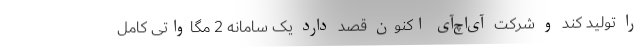
را تولید کند و شرکت آی‌اچ‌آی اکنون قصد دارد یک سامانه 2 مگاواتی کامل